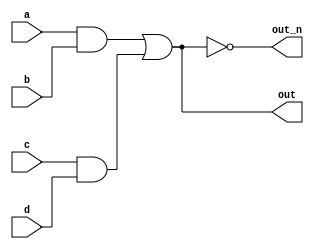
`default_nettype none
module top_module(
    input a,
    input b,
    input c,
    input d,
    output out,
    output out_n   ); 
wire inside1,inside2;
    
assign inside1 = a&b;
    
assign inside2 = c&d; 
    
assign out = inside1|inside2;
    
    assign out_n = !(out);
endmodule